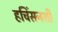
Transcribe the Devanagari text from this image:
हचिंसनशी